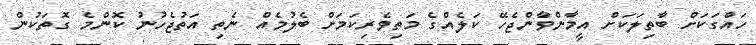
ހައްގަކަށް ބާތިލަކަށް އީމާންވާންޖެހޭ ކަލެއްގެ މަތިވެރިކަމަށް ބެލުމެއް ނެތި އަތުޖެހުނު ކޮންމެ ގޮތަކުން